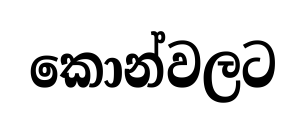
කොන්වලට